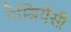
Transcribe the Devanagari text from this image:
गैम्बियेंसी